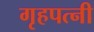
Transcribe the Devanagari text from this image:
गृहपत्नी